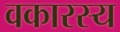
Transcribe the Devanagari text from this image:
वकारस्य